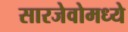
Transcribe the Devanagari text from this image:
सारजेवोमध्ये